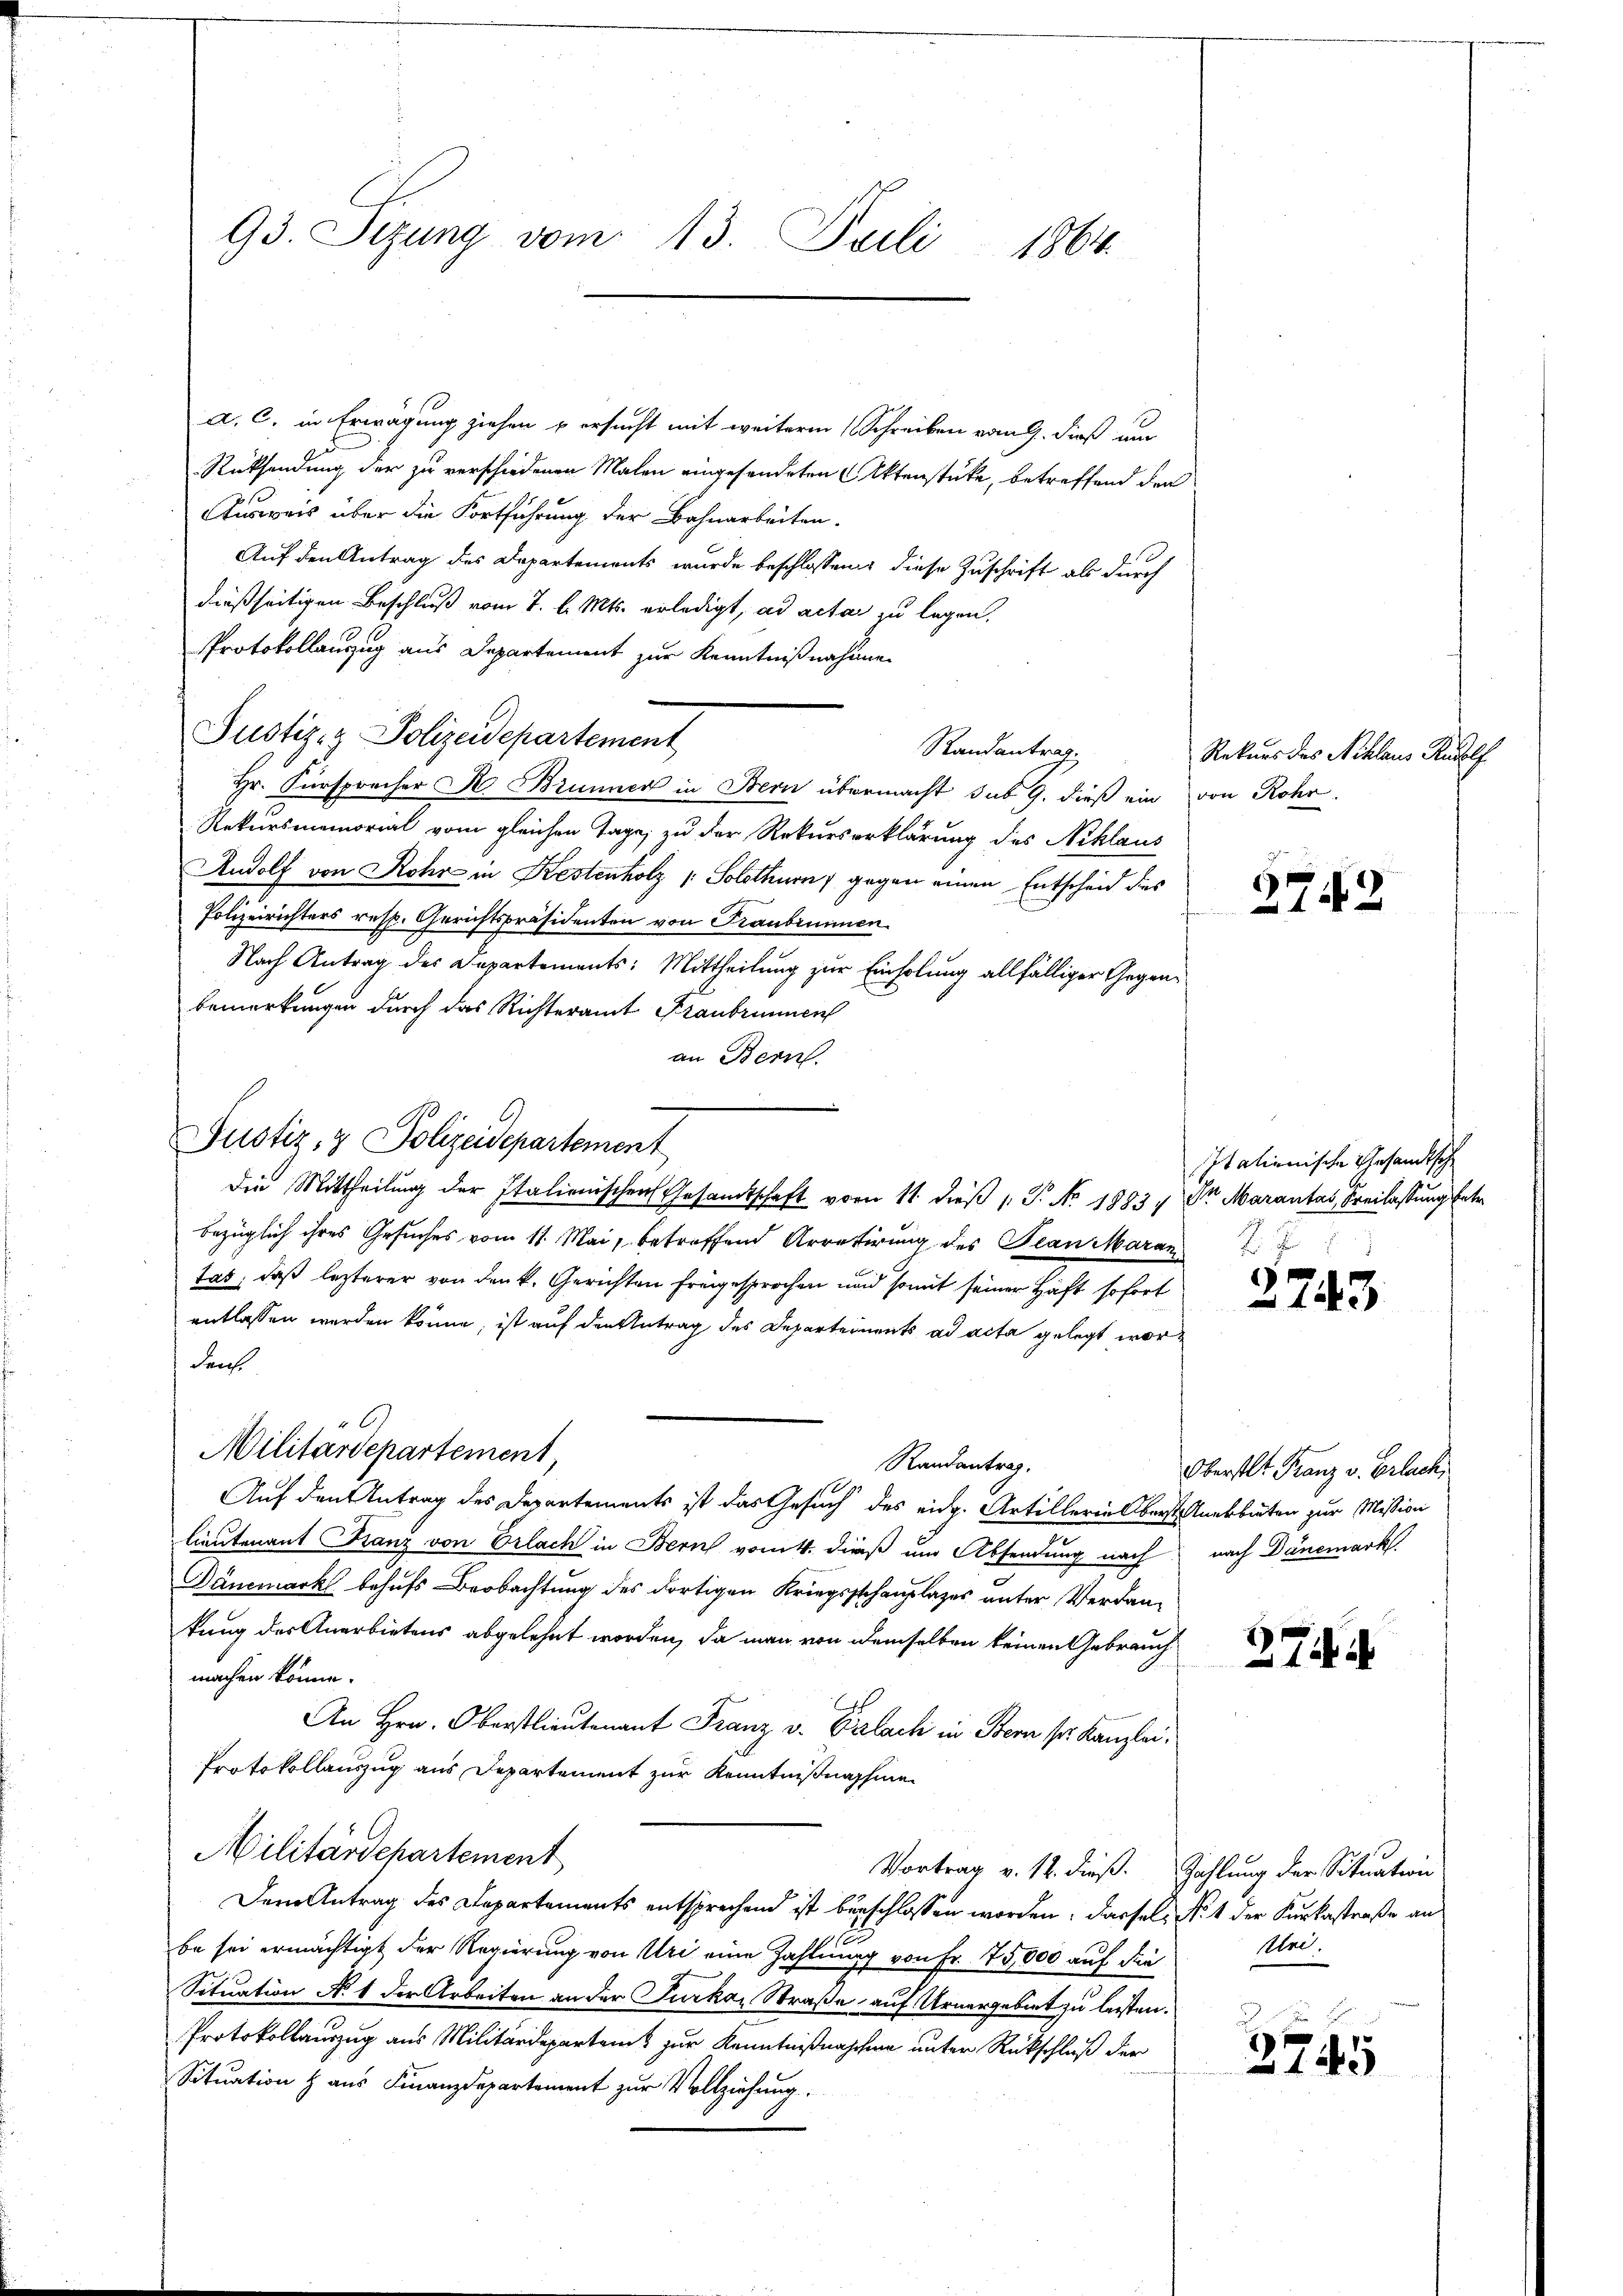
93. Sezung vom 13. Juli 1864

d. C. in Erwägung ziehen u ersucht mit weitere (Schreiben vom 9. dieß am
Rücksendung der zu verschiedenen Malen eingesendeten Aktenstücke, betreffend den
Ausweis über die Fortführung der Bahnarbeiten.
Auf den Antrag des Departements wurde beschlossen diese Zuschrift als durch
dießseitigen Beschluß vom 7. d. Mts. erledigt, ad acta zu legen.
Protokollauszug aus Departement zur Kenntnißnahme
Justiz- & Polizeidepartement
Randantrag.
Hr. Fürsprecher A. Brunner in Bern übermacht sub 9. dieß ein von Rohr.
Rekursmemorial vom gleichen Tage, zu der Rekurserklärung des Niklaus
Andolf von Rohr in Kestenholz (: Solothurn, gegen einen Entscheid dies
Polizeirichters resp. Gerichtspräsidenten von Franbrunnen.
Nach Antrag des Departements: Mittheilung zur Einholung allfälliger Gegenbemerkungen durch das Richteramt Franbrunnen
an Bern.
Justiz & Polizeidepartement
die Mittheilung der Italienischen Gesandtschaft vom 11. dieß P. No. 1883 & Dr Marantas, Freilassung betr.
bezüglich ihres Gesuches vom 11. Mai, betreffend Arretirung des Jean Aarau
tas, daß lezterer von den k. Gerichten freigesprochen und somit seiner Haft sofort
entlassen werden könne, ist auf den Antrag des Departeinents ad acta gelegt wordens
0
Militärdepartement,
Randantrag.
Auf den Antrag des Departements ist das Gesuch des eidg. Artillerin Oberst abbeten zur Mission
lieutenant Franz von Erlach in Bern vom 4. dieß um Absendung nach nach Dänemark
Dáncmark behufs Beobachtung des dortigen Kriegsstehauplages unter Verdankung des Anerbietens abgelehnt worden, da man von demselben keinen Gebrauch
machen könne.
h
An Hrn. Oberstlieutenant Franz v. Palach in Bern ser Kanzlei,
Protokollauszug aus Departement zur Kenntnißnahmen
Militärdepartement
Vortrag v. 12. dieß. Zahlung der Situation
Dem Antrag des Departements entsprechend ist beschlossen worden. Dassel, No. 1 der Kurkastraße an
be sei ermächtigt der Regierung von Uri eine Zahlung von Fr. 75,000 auf die
Situation No. 1 der Arbeiten an der Furka, Straße auf Urnergebiet zu leisten.
Protokollauszug aus Militärdepartamt zur Kenntnißnaschen unter Rückschluß der
Situation & aus Finanzdepartement zur Vollziehung.

Rekurs des Niklaus Rudolf

2742

Italienische Gesandtsch

2743

Oberst Franz v. Erlach

3744

Une.
2745